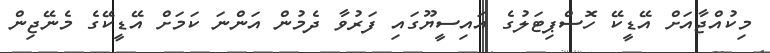
މިކުއްޖާއަށް އޭޑީކޭ ހޮސްޕިޓަލުގެ އައިސީޔޫގައި ފަރުވާ ދެމުން އަންނަ ކަމަށް އޭޑީކޭގެ މެނޭޖިން